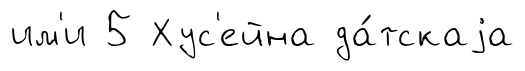
им'и 5 Хус'ейна да́тскаjа